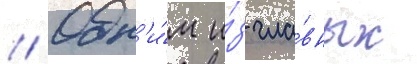
// Одн'и́м и́з гла́вных